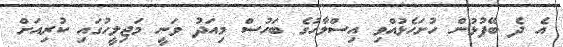
އެ ދެ ބޭފުޅުން ހުށަހެޅުއްވި އިސްލާހުގެ ބަހުސް މިއަދު ވަނީ މަޖިލީހުގައި ކުރިއަށް